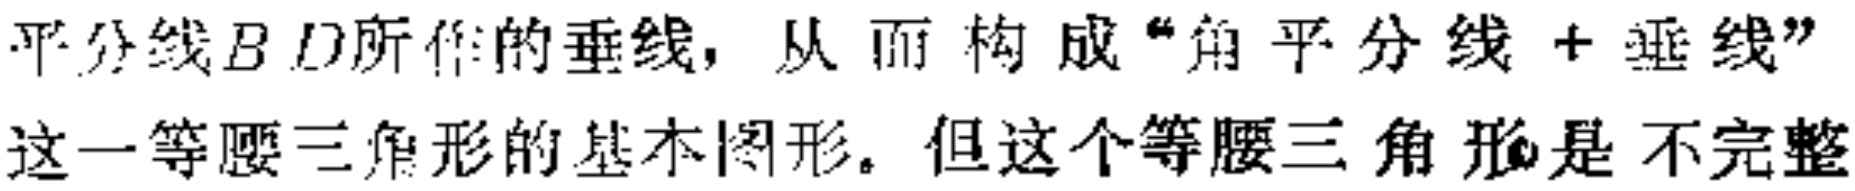
平分线$BD$所作的垂线，从而构成“角平分线+垂线”这一等腰三角形的基本图形。但这个等腰三角形是不完整